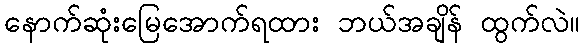
နောက်ဆုံးမြေအောက်ရထား ဘယ်အချိန် ထွက်လဲ။